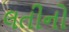
લતીનો